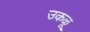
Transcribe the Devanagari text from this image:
उकळू